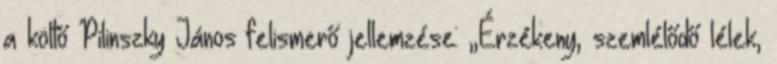
a költő Pilinszky János felismerő jellemzése: „Érzékeny, szemlélődő lélek,